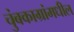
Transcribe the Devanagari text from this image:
चुंबकाग्रांमधील